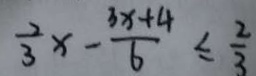
\frac { 2 } { 3 } x - \frac { 3 x + 4 } { 6 } \leq \frac { 2 } { 3 }